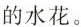
的水花。